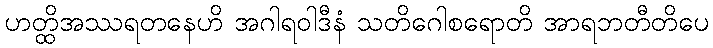
ဟတ္ထိအဿရတနေဟိ အဂါရဝါဒီနံ သတိဂေါစရောတိ အာရဘတီတိပေ